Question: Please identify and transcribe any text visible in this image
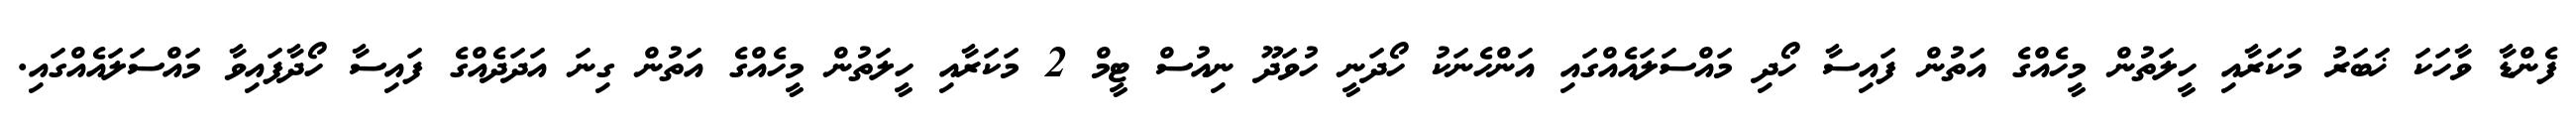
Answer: ފެންޑާ ވާހަކަ ޚަބަރު މަކަރާއި ހީލަތުން މީހެއްގެ އަތުން ފައިސާ ހޯދި މައްސަލައެއްގައި އަންހެނަކު ހޯދަނީ ހުވަދޫ ނިއުސް ޓީމް 2 މަކަރާއި ހީލަތުން މީހެއްގެ އަތުން ގިނަ އަދަދެއްގެ ފައިސާ ހޯދާފައިވާ މައްސަލައެއްގައި.